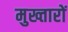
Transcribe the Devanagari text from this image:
मुख्तारों